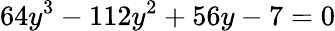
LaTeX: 64y^{3}-112y^{2}+56y-7=0